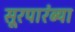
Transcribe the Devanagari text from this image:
सूरपारंब्या